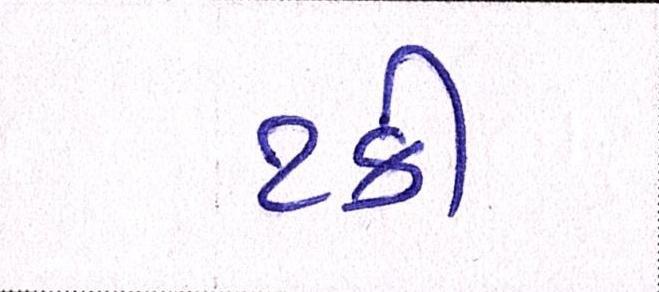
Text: ટકી